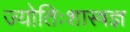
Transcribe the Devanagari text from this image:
ज्योतिःशास्त्रज्ञ